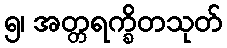
၅၊ အတ္တရက္ခိတသုတ်